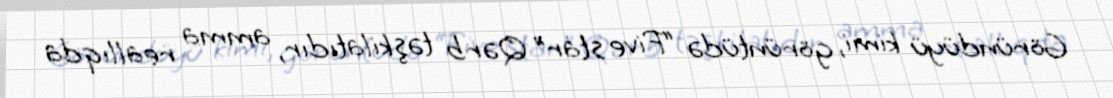
Göründüyü kimi, görüntüdə “Five star” Qərb təşkilatıdır, amma reallıqda